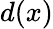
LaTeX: d(x)